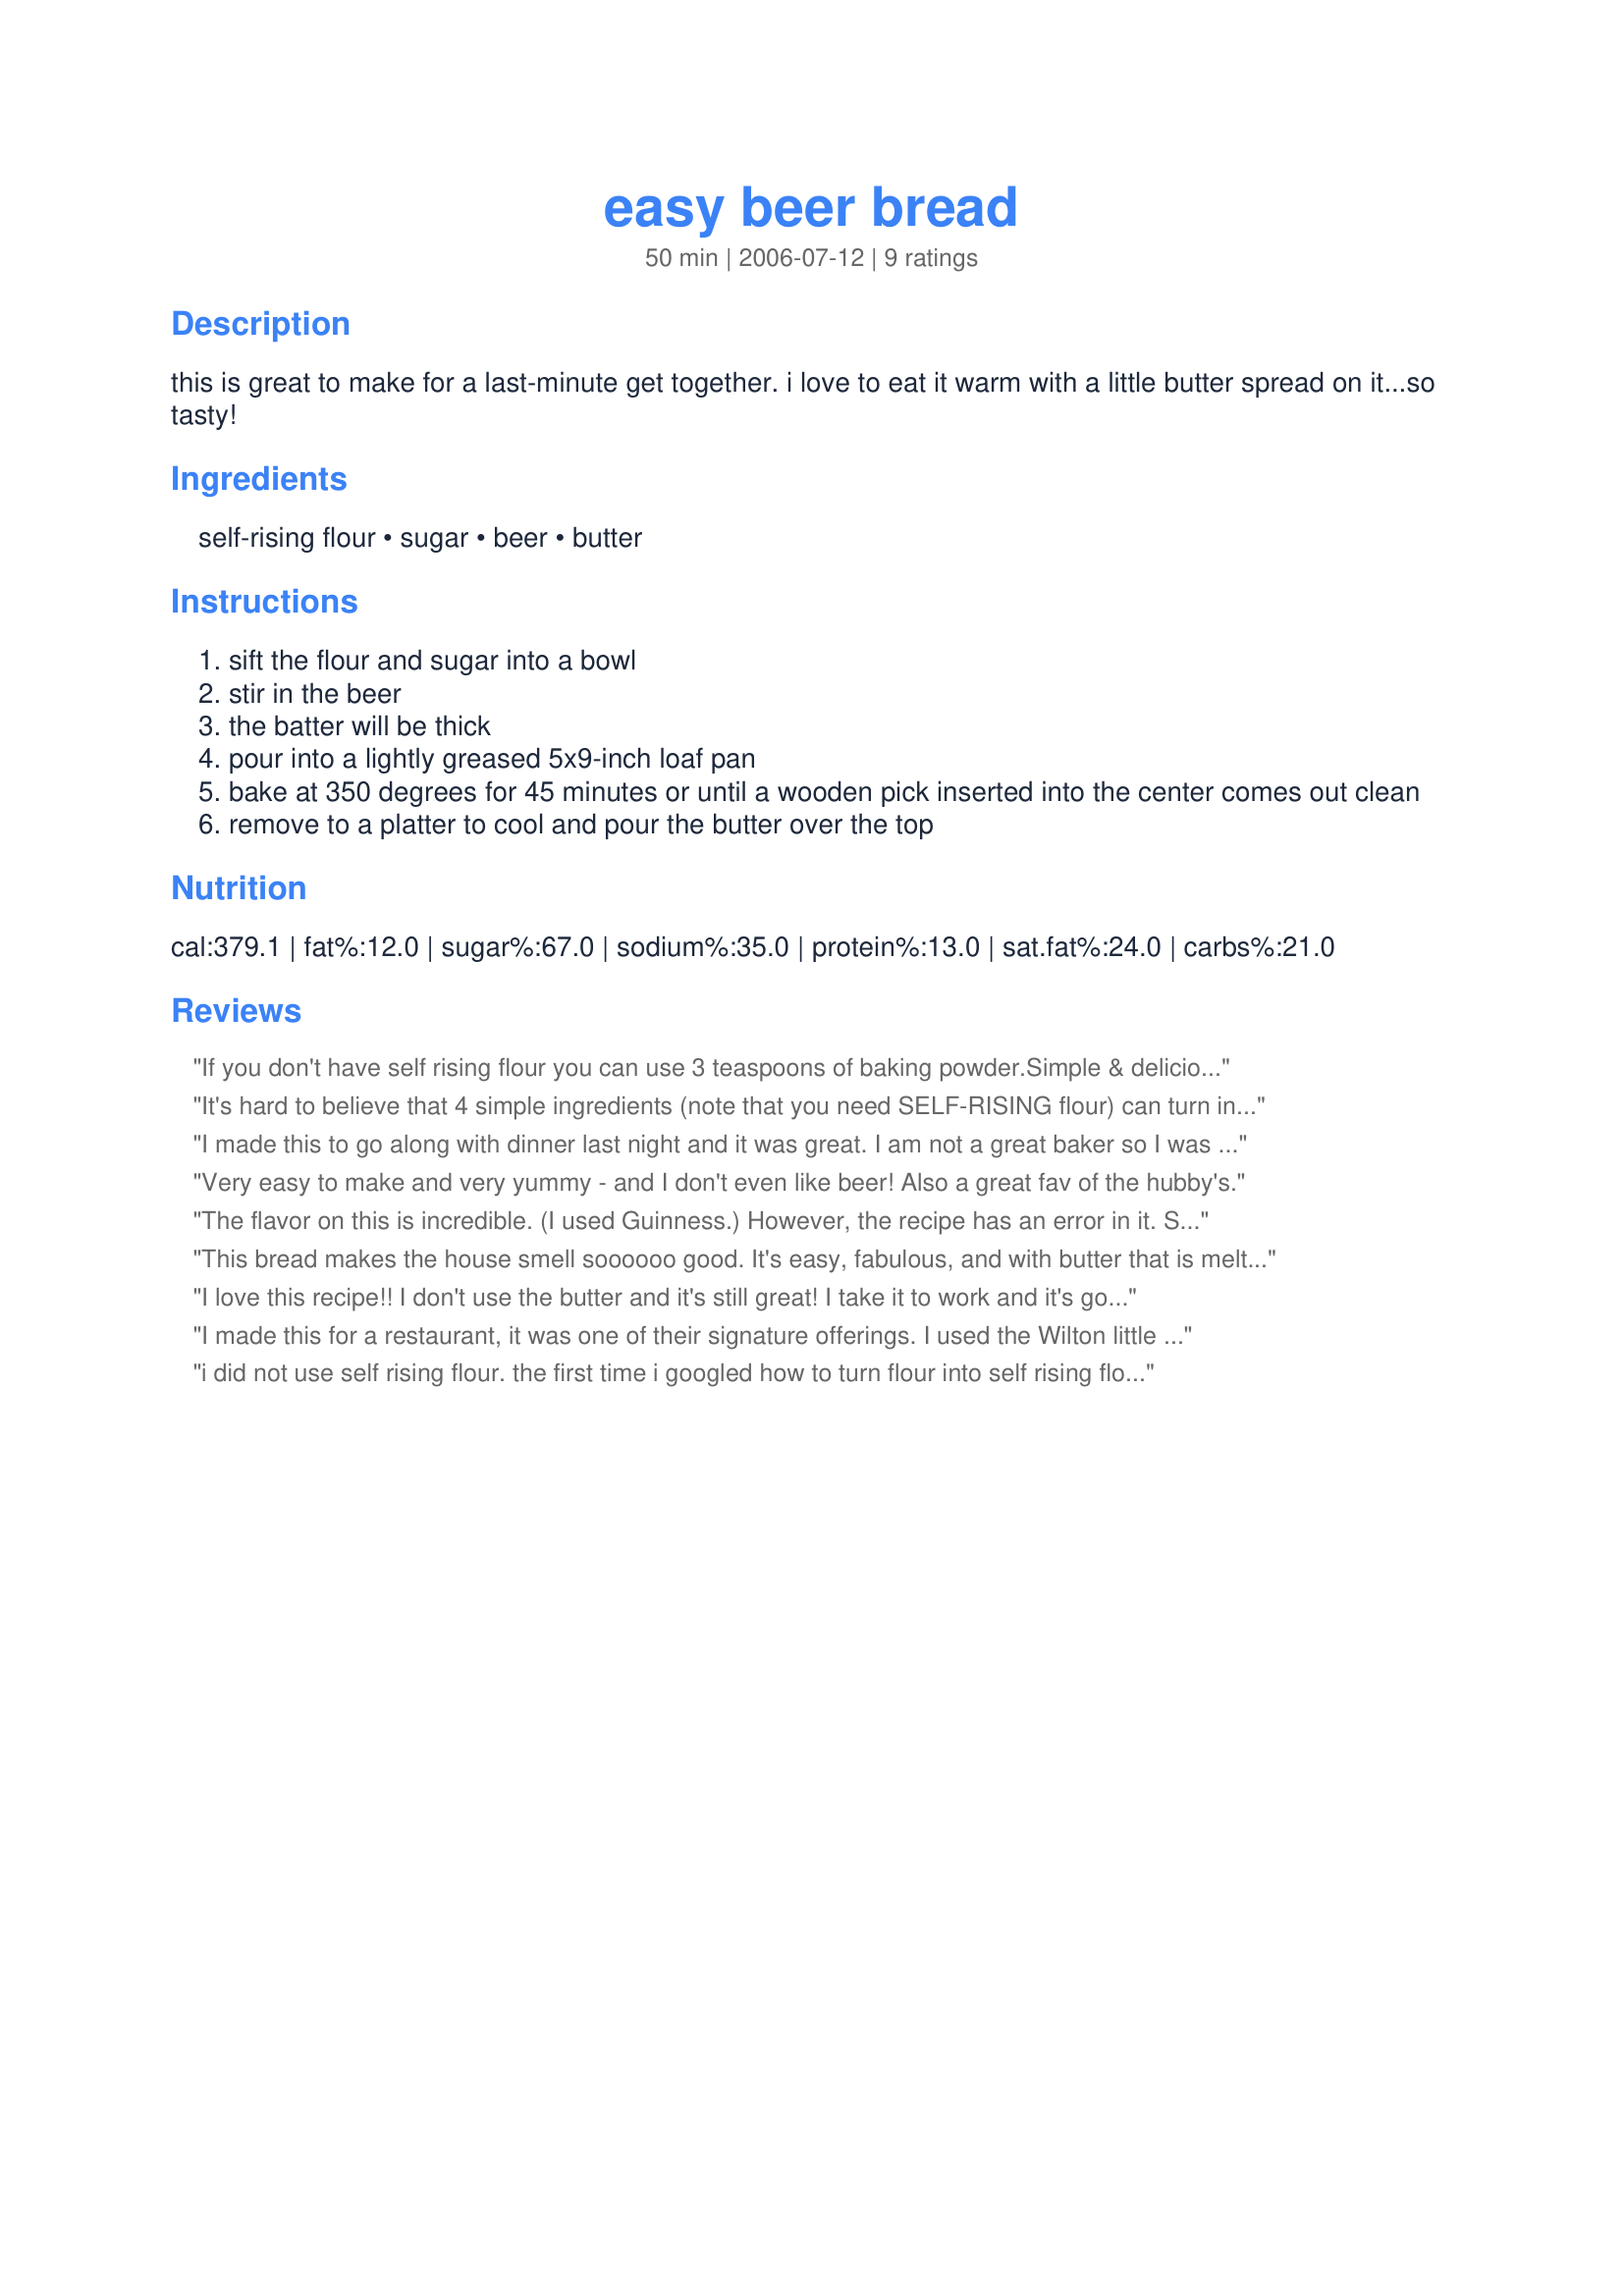
easy beer bread
Preparation time: 50 minutes

this is great to make for a last-minute get together. i love to eat it warm with a little butter spread on it...so tasty!

Ingredients:
self-rising flour, sugar, beer, butter

Steps:
sift the flour and sugar into a bowl
stir in the beer
the batter will be thick
pour into a lightly greased 5x9-inch loaf pan
bake at 350 degrees for 45 minutes or until a wooden pick inserted into the center comes out clean
remove to a platter to cool and pour the butter over the top

Reviews:
If you don't have self rising flour you can use 3 teaspoons of baking powder.<br/><br/>Simple & delicious recipe.
It's hard to believe that 4 simple ingredients (note that you need SELF-RISING flour) can turn into such a fragrant, beautiful loaf of bread. Because of the simplicity of this tasty recipe, I have to give this recipe 5 stars. 
Note #1 - Do NOT overbeat the batter or you will beat the bubbles out of the beer - and the bubbles help the bread rise!
Note #2 - I poured my melted butter over the top of the unbaked loaf from the start of the baking time, and really love the way it helps create a salty, crispy exterior.
Note #3 - I added 1/2 cup shredded cheddar cheese to the second batch and it was also excellent.
I made this to go along with dinner last night and it was great. I am not a great baker so I was attracted to the recipe by its the simple recipe and easy directions. I did as another suggested pouring the butter on the batter at the start of baking with good results. Will be making this again for sure. Thank you for a straightfoward recipe that tastes great too.
Very easy to make and very yummy - and I don't even like beer! Also a great fav of the hubby's.
The flavor on this is incredible. (I used Guinness.) However, the recipe has an error in it. Southern Living's site specifies self-rising flour, which explains why my loaf was like a brick. I honestly thought the beer itself might provide leavening, but it didn't.
This bread makes the house smell soooooo good. It's easy, fabulous, and with butter that is melted, OMG, it's to die for, just about.
I love this recipe!! I don't use the butter and it's still great! I take it to work and it's gone in about 15 minutes. Thank you for a wonderful easy recipe!
I made this for a restaurant, it was one of their signature offerings. I used the Wilton little loaf pans (9 loaves) and use to just use a wire whisk to mix it. Mixed margarine and butter in a bowl and dipped each loaf quickly so it would be covered with butter but not greasy.
We had people coming in to buy them and take them home. We gave one man a couple of dozen to take back to Texas. I had this recipe for at least 25 years and never made it until I got involved with making them for the restaurant. When you use the little loaf pans or even muffin tins, you get a nice crunchy outside and less of the soft bread. I just realized I used only 3 Tab of sugar not the amt in this recipe
i did not use self rising flour. the first time i googled how to turn flour into self rising flour and followed those instructions, but the second time i didnt bother. i was not able to whisk this like others said they were able to, it was so thick and there would still be a little bit of flour that could not be stirred in at the end. i dont even sift the ingredients. and it still comes out DELICIOUS!!!! i love to make this because it is easy, quick, and the hubby loves it. we cut it up and spread butter on it afterwards rather than pour melted butter on top, though next time i think i will do as someone else suggested and pour it on before baking.
